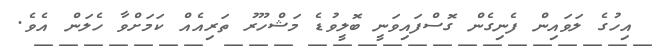
އިހުގެ ލަވައިން ފެނިގެން ގޮސްފައިވަނީ ބޮލީވުޑެ މަޝްހޫރު ތަރިއެއް ކަމަށްވާ ހެލަން އެެވެ.